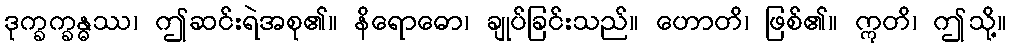
ဒုက္ခက္ခန္ဓဿ၊ ဤဆင်းရဲအစု၏။ နိရောဓော၊ ချုပ်ခြင်းသည်။ ဟောတိ၊ ဖြစ်၏။ ဣတိ၊ ဤသို့။